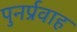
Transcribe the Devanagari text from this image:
पुनर्प्रवाह